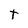
Character: t